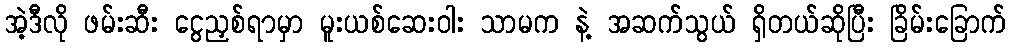
အဲ့ဒီလို ဖမ်းဆီး ငွေညှစ်ရာမှာ မူးယစ်ဆေးဝါး သာမက နဲ့ အဆက်သွယ် ရှိတယ်ဆိုပြီး ခြိမ်းခြောက်